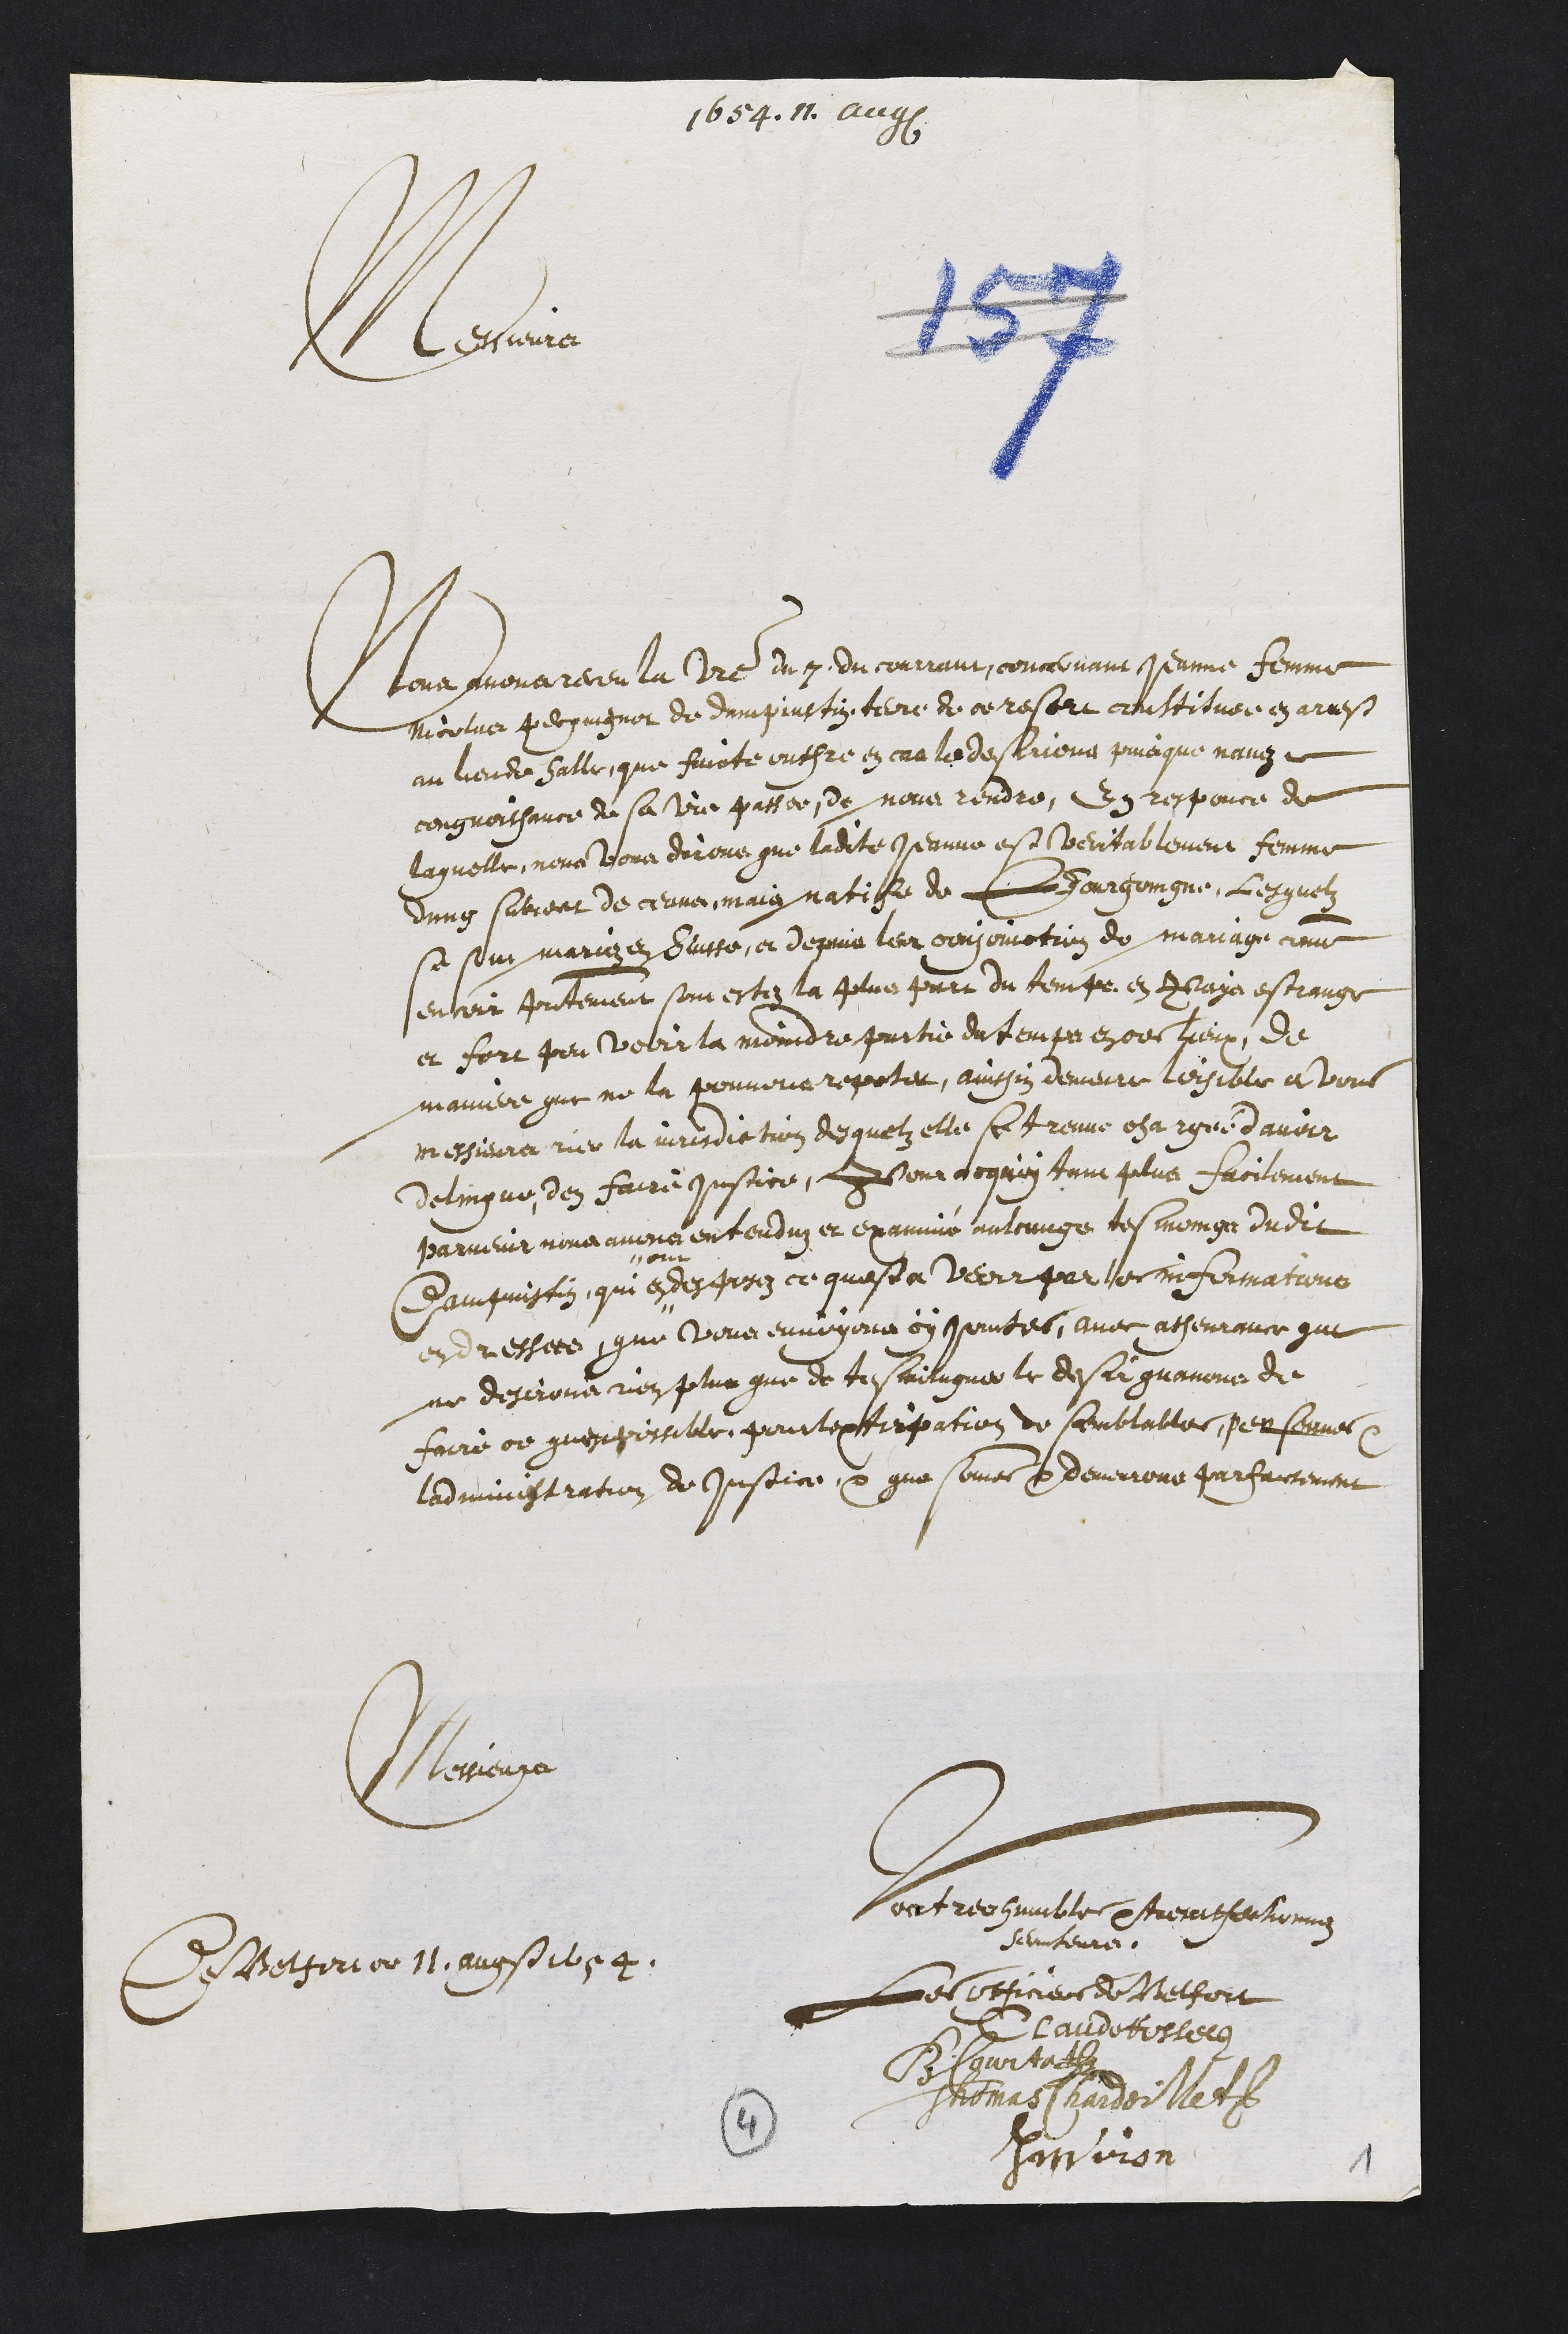
1654.11.august
Messieurs
Nous avons receu la votre du 7. du courrant, concernant Jeanne femme
Nicolas Pecquignot de Dampjustin tere de ce resort constituée en arrest
au lieu de Alle, que faicte outhre en cas la desirions puisque n’avez
congnoissance de sa vie passée, de nous rendre ; en responce de
laquelle, nous vous dirons que ladite Jeanne est veritablement femme
d’ung subject de céans, mais natife de Bourgoingne, lesquelz
se sont mariez en Suisse, et depuis leur conjoinction de mariage comme
encoir présentement sont estez la plus part du temps en pays estrangé
et fort peu voire la moindre partie du temps en ces lieux, de
maniere que ne la pouvons repeter, ainssin demeure loisible a vous
messieurs rier la jurisdiction desquelz elle se treuve chargée d’avoir
delinqué, d’en faire justice, pour cequoy tant plus facilement
parvenir nous avons entenduz et examiné aulcungs tesmoings dudit
Dampjustin, qui en "
"ont
desposez ce quest a veoir par les informations
endressées, que vous envoyons cy jointes, avec asseurance que
ne desirons rien plus que de tesmoingner le desir qu’avons de
faire ce qu’est possible pour l’extirpation de semblables personnes et
l’administration de justice et que sommes et demeurons parfaictement
Messieurs
Vos tres humbles et tres afectionnez
serviteurs.
les officiers de Belfort
Claude Rossel
B. Courtat
Thomas Chardoillet
Janvion
De Belfort ce 11. augst 1654.